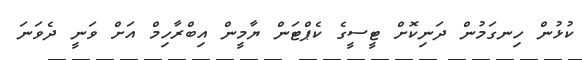
ކުޅުން ހިނގަމުން ދަނިކޮށް ޓީސީގެ ކެޕްޓަން ޔާމީން އިބްރާހިމް އަށް ވަނީ ދެވަނަ